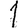
Digit: 1